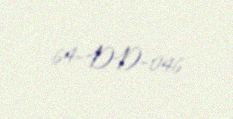
64-DD-046